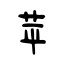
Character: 苹